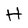
Character: H